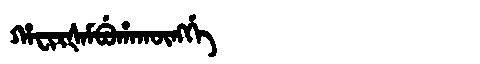
Manchu: ᡥᠠᠸᡳᡵᡧᠠᠮᠪᡠᡥᠠᡴᡡᠩᡤᡝ
Romanization: HAFIRŠAMBUHAKŪNGGE